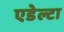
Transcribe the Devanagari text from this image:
एडेल्टा